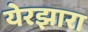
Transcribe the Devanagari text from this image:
येरझारा